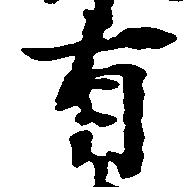
有